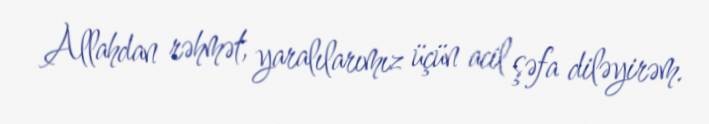
Allahdan rəhmət, yaralılarımız üçün acil şəfa diləyirəm.